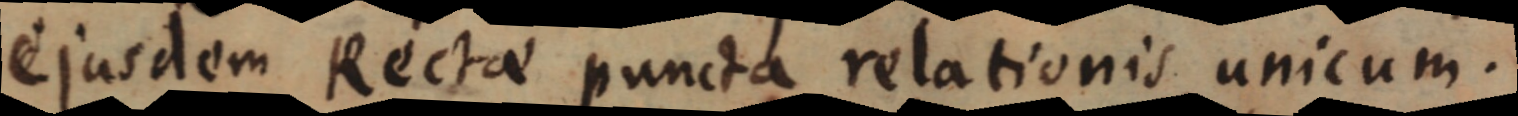
ejusdem Rectae puncta relationis unicum.